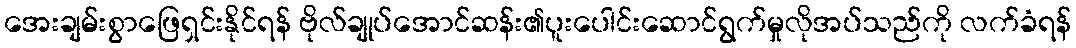
အေးချမ်းစွာဖြေရှင်းနိုင်ရန် ဗိုလ်ချုပ်အောင်ဆန်း၏ပူးပေါင်းဆောင်ရွက်မှုလိုအပ်သည်ကို လက်ခံရန်